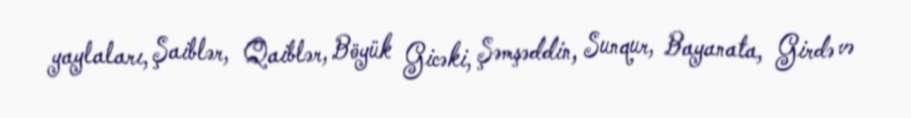
yaylaları, Şaiblər, Qaiblər, Böyük Gicəki, Şəmşəddin, Sunqur, Bayanata, Girdə və